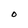
Character: O